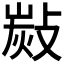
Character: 𢾋